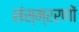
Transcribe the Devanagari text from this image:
संस्म्ररणों